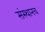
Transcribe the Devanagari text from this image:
संस्थानच